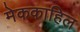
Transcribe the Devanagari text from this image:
मेककाहिल